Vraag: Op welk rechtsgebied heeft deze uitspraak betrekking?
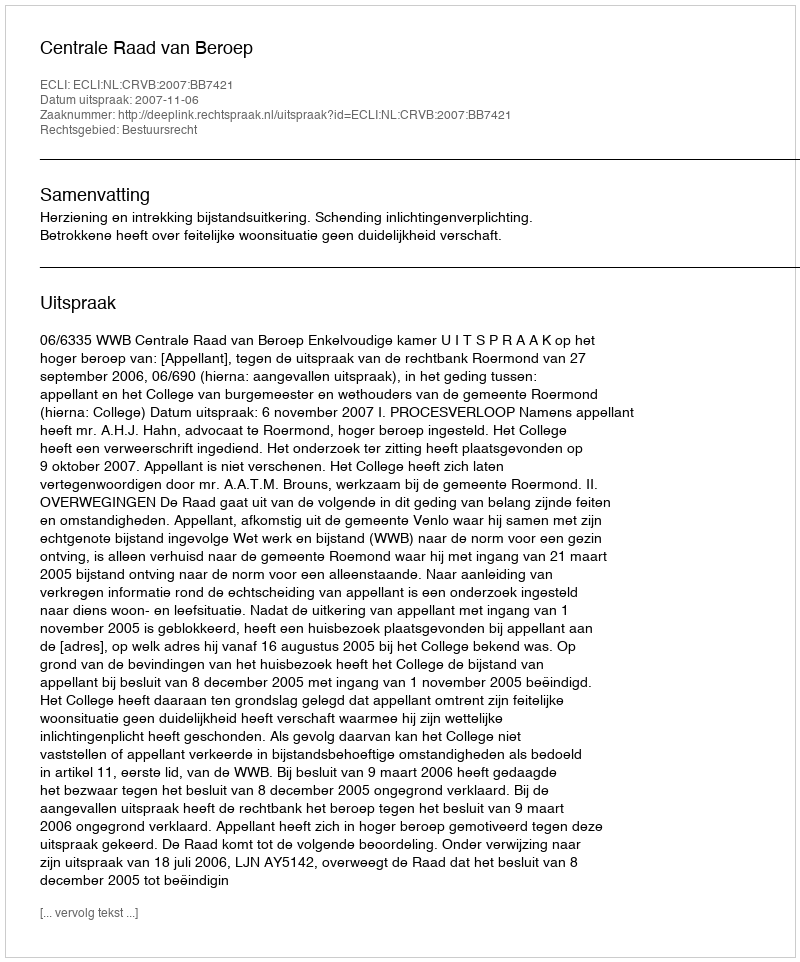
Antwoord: Bestuursrecht